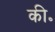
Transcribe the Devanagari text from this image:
की॰